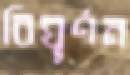
বিঘূর্ণন